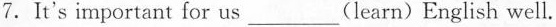
7.It's important for us___(learn)English well.